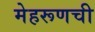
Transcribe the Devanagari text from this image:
मेहरूणची